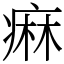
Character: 痳